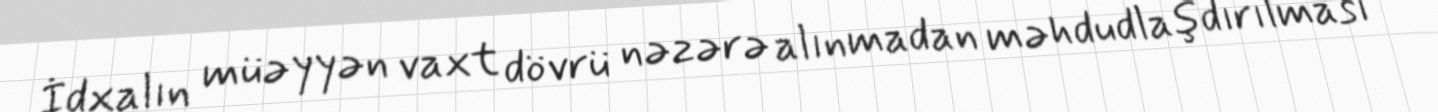
İdxalın müəyyən vaxt dövrü nəzərə alınmadan məhdudlaşdırılması